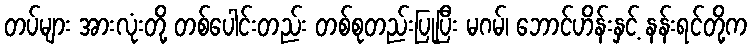
တပ်များ အားလုံးတို့ တစ်ပေါင်းတည်း တစ်စုတည်းပြုပြီး မဂမ်၊ ဘောင်ဟိန်းနှင့် နန်းရင်တို့က